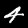
Digit: 4